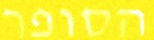
הסופר